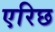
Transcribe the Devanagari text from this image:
एरिछ